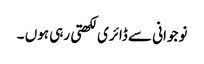
نوجوانی سے ڈائری لکھتی رہی ہوں ۔